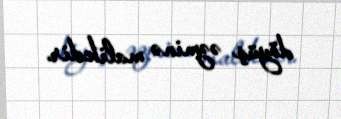
döyüş əzminə malikdir.